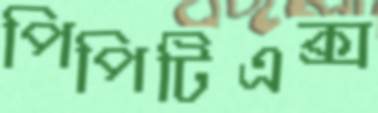
পিপিটিএক্স